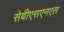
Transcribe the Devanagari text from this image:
सेबीएसएनएल